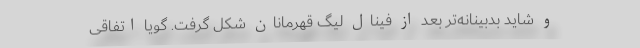
و شاید بدبینانه‌تر بعد از فینال لیگ قهرمانان شکل گرفت. گویا اتفاقی